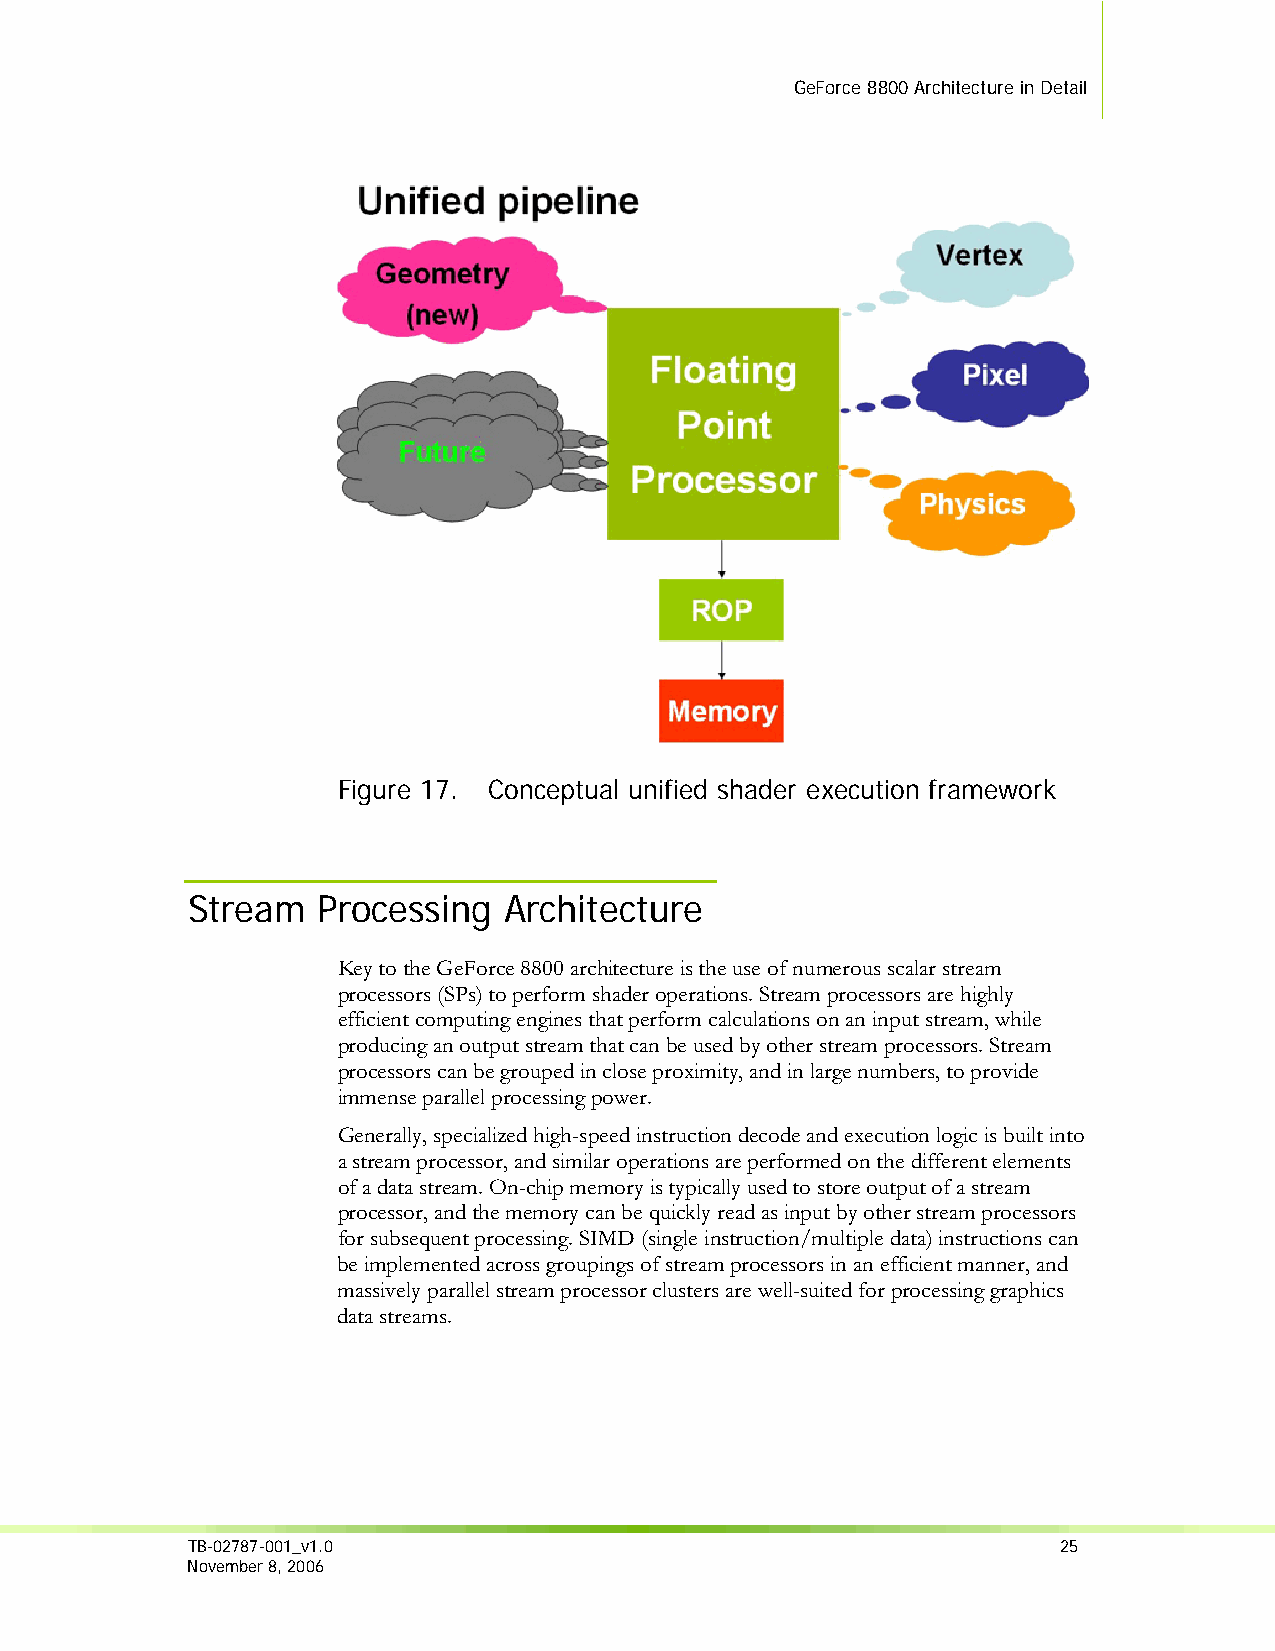
GeForce 8800 Architecture in Detail
 Figure 17. Conceptual unified shader execution framework
 Stream   Processing  Architecture
 Key to the GeForce 8800 architecture is the use of numerous scalar stream
 processors (SPs) to perform shader operations. Stream processors are highly
 efficient computing engines that perform calculations on an input stream, while
 producing an output stream that can be used by other stream processors. Stream
 processors can be grouped in close proximity, and in large numbers, to provide
 immense parallel processing power.
 Generally, specialized high-speed instruction decode and execution logic is built into
 a stream processor, and similar operations are performed on the different elements
 of a data stream. On-chip memory is typically used to store output of a stream
 processor, and the memory can be quickly read as input by other stream processors
 for subsequent processing. SIMD (single instruction/multiple data) instructions can
 be implemented across groupings of stream processors in an efficient manner, and
 massively parallel stream processor clusters are well-suited for processing graphics
 data streams.
 TB-02787-001_v1.0                                         25
 November 8, 2006